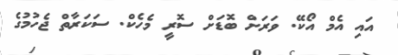
އައި އެމް އޯކޭ. ވަރަށް ބޮޑަށް ސޮރީ މެހެކް. ސަކަރާތް ޖެހުމުގެ